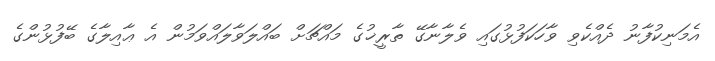
އެމަނިކުފާނު ދެއްކެވި ވާހަކަފުޅުގައި ވެލާނާގޭ ތާރީޚުގެ މައްޗަށް ބައްލަވާލައްވަމުން އެ ޢާއިލާގެ ބޭފުޅުންގެ